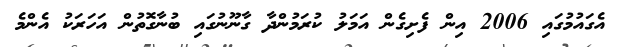
އެގައުމުގައި 2006 އިން ފެށިގެން އަމަލު ކުރަމުންދާ ގާނޫނުގައި ބުނާގޮތުން އަހަރަކު އެންމެ